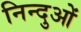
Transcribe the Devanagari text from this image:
निन्दुओं